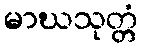
မာဃသုတ္တံ